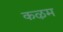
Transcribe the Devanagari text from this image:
कऴम